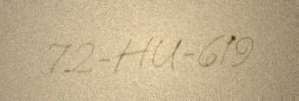
72-HU-619